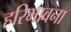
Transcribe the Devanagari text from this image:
हरिभावना